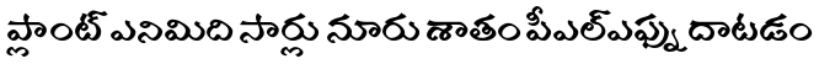
ప్లాంట్ ఎనిమిది సార్లు నూరు శాతం పీఎల్ఎఫ్ను దాటడం